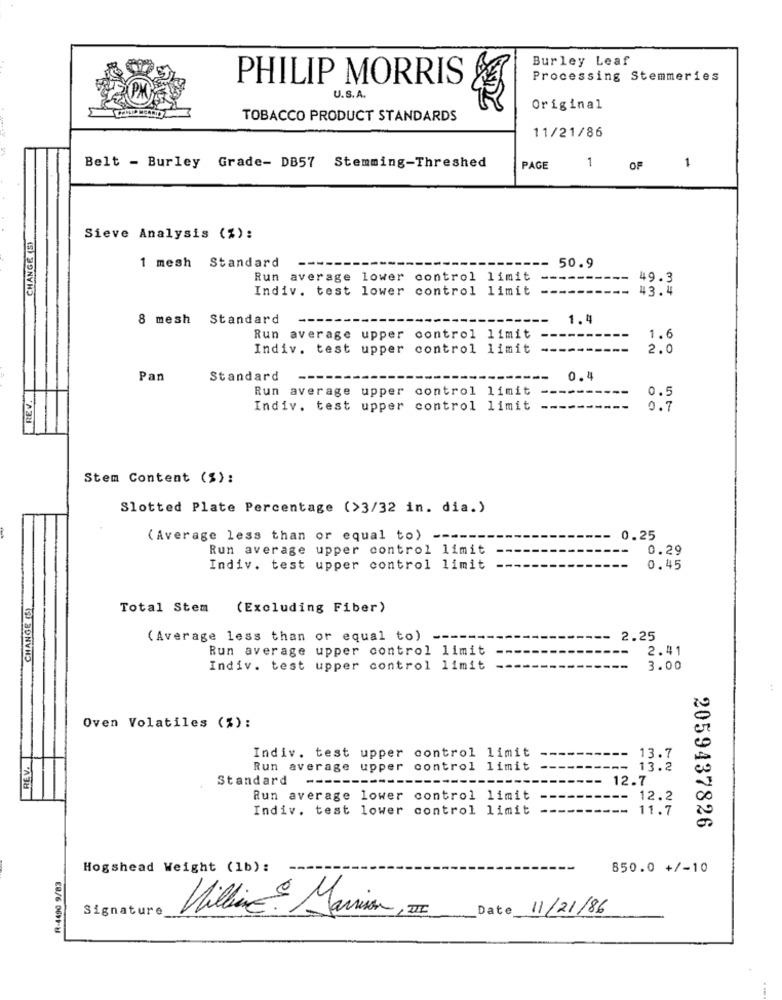
Burley Leaf
Processing Stemmeries
PHILIP MORRIS
U.S.A.
Original
TOBACCO PRODUCT STANDARDS
11/21/86
Belt - Burley Grade- DB57 Stemming-Threshed
PAGE
1
OF
1
CHANGE (S)
Sieve Analysis (%):
Standard
1 mesh
50.9
Run average lower control limit
49.3
Indiv. test lower control limit
43.4
8 mesh Standard
--
1.4
Run average upper control limit
1.6
Indiv. test upper control limit
2.0
Pan
Standard
0.4
REV.
Run average upper control limit
0.5
Indiv. test upper control limit
0.7
Stem Content (%):
Slotted Plate Percentage (>3/32 in. dia.)
(Average less than or equal to) -----
0.25
Run average upper control limit
0.29
Indiv. test upper control limit
0.45
CHANGE (S)
Total Stem
(Excluding Fiber)
(Average less than or equal to)
2.25
Run average upper control limit
2.41
Indiv. test upper control limit
3.00
Oven Volatiles (%) :
REV.
Indiv. test upper control limit
13.7
Run average upper control limit
13.2
Standard --
12.7
Run average lower control limit
12.2
Indiv. test lower control limit
11.7
2059437826
R-4490 9/83
Hogshead Weight (1b):
850.0 +/-10
Signature
Willing Marion,
Date
11/21/86